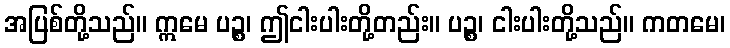
အပြစ်တို့သည်။ ဣမေ ပဉ္စ၊ ဤငါးပါးတို့တည်း။ ပဉ္စ၊ ငါးပါးတို့သည်။ ကတမေ၊